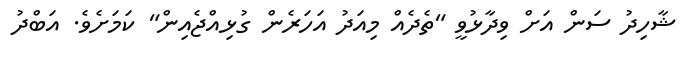
ޝާހިދު ސަން އަށް ވިދާޅުވީ "ތެދެއް މިއަދު އަހަރެން ގުޅިއްޖެއިން" ކަމަށެވެ. އަބްދު